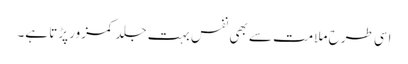
اسی طرح ملامت سے بھی نفس بہت جلد کمزور پڑتا ہے۔